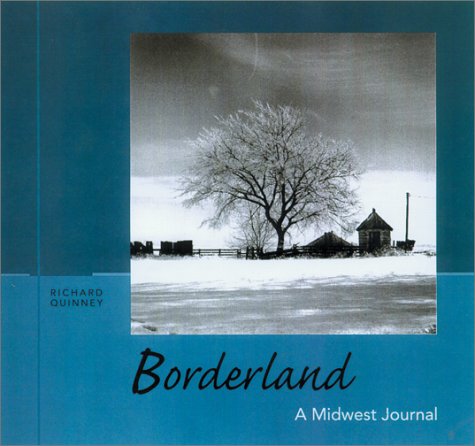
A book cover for Borderland: A Midwest Journal; Richard Quinney; Travel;